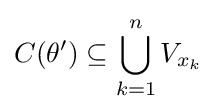
C(\theta ')\subseteq \bigcup _{k=1}^{n}V_{x_{k}}